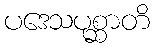
ပဒေသပုစ္ဆာတိ